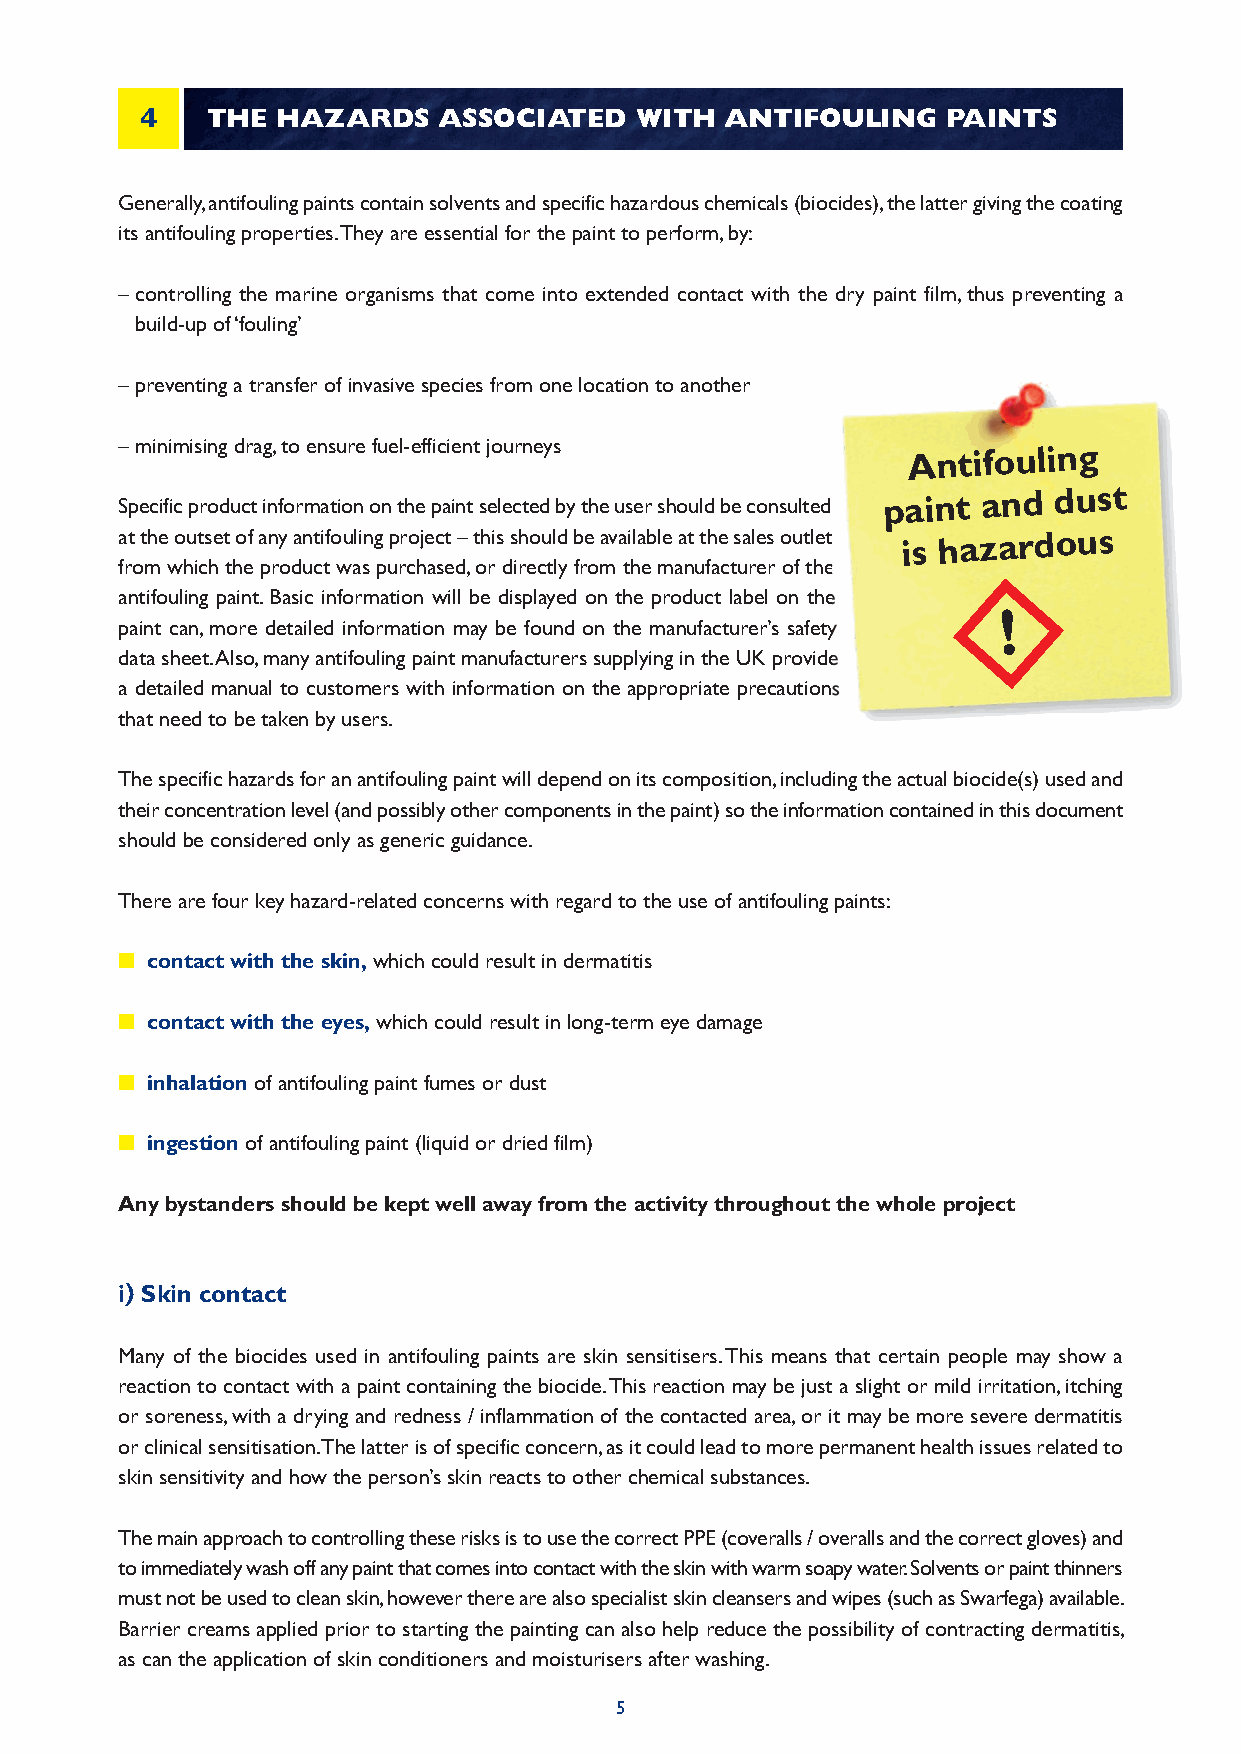
4    THE HAZARDS    ASSOCIATED   WITH  ANTIFOULING    PAINTS
 Generally, antifouling paints contain solvents and specific hazardous chemicals (biocides), the latter giving the coating
 its antifouling properties. They are essential for the paint to perform, by:
 –controlling the marine organisms that come into extended contact with the dry paint film, thus preventing a
 build-up of ‘fouling’
 –preventing a transfer of invasive species from one location to another
 –minimising drag, to ensure fuel-efficient journeys Antifouling
 Specific product information on the paint selected by the user should be consulted paint and dust
 at the outset of any antifouling project – this should be available at the sales outlet
 is
 hazardous
 from which the product was purchased, or directly from the manufacturer of the
 antifouling paint. Basic information will be displayed on the product label on the
 !
 paint can, more detailed information may be found on the manufacturer’s safety
 data sheet. Also, many antifouling paint manufacturers supplying in the UK provide
 a detailed manual to customers with information on the appropriate precautions
 that need to be taken by users.
 The specific hazards for an antifouling paint will depend on its composition, including the actual biocide(s) used and
 their concentration level (and possibly other components in the paint) so the information contained in this document
 should be considered only as generic guidance.
 There are four key hazard-related concerns with regard to the use of antifouling paints:
 n contact with the skin,which could result in dermatitis
 n contact with the eyes,which could result in long-term eye damage
 n inhalationof antifouling paint fumes or dust
 n ingestionof antifouling paint (liquid or dried film)
 Any bystanders should be kept well away from the activity throughout the whole project
 i) Skin contact
 Many of the biocides used in antifouling paints are skin sensitisers. This means that certain people may show a
 reaction to contact with a paint containing the biocide. This reaction may be just a slight or mild irritation, itching
 or soreness, with a drying and redness / inflammation of the contacted area, or it may be more severe dermatitis
 or clinical sensitisation. The latter is of specific concern, as it could lead to more permanent health issues related to
 skin sensitivity and how the person’s skin reacts to other chemical substances.
 The main approach to controlling these risks is to use the correct PPE (coveralls / overalls and the correct gloves) and
 to immediately wash off any paint that comes into contact with the skin with warm soapy water. Solvents or paint thinners
 must not be used to clean skin, however there are also specialist skin cleansers and wipes (such as Swarfega) available.
 Barrier creams applied prior to starting the painting can also help reduce the possibility of contracting dermatitis,
 as can the application of skin conditioners and moisturisers after washing.
 5